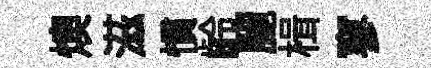
燠滋慣齡麗楫寥